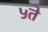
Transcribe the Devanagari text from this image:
५ते